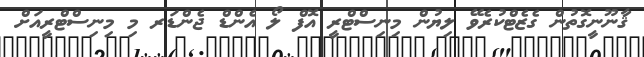
ޤާނޫނީގޮތުން ގެޒެޓްކުރެވޭ ލިޔުން މިނިސްޓްރީ އޮފް ލޯ އެންޑް ޖެންޑަރ މި މިނިސްޓްރީއަށް